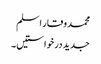
محمد وقار اسلم
جدید درخواستیں۔